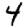
Digit: 4